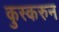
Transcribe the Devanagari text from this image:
कुस्करुन